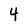
Character: 4